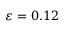
\varepsilon = 0 . 1 2